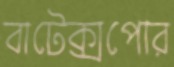
বাটেক্সপোর